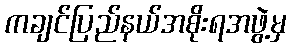
ကချင်ပြည်နယ်အစိုးရအဖွဲ့မှ